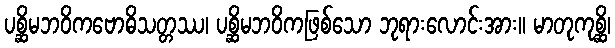
ပစ္ဆိမဘဝိကဗောဓိသတ္တဿ၊ ပစ္ဆိမဘဝိကဖြစ်သော ဘုရားလောင်းအား။ မာတုကုစ္ဆိ၊